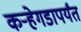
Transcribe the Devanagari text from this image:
कर्‍हेगडापर्यंत